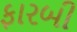
ફારબી